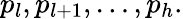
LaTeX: p_{l},p_{l+1},\ldots,p_{h}.